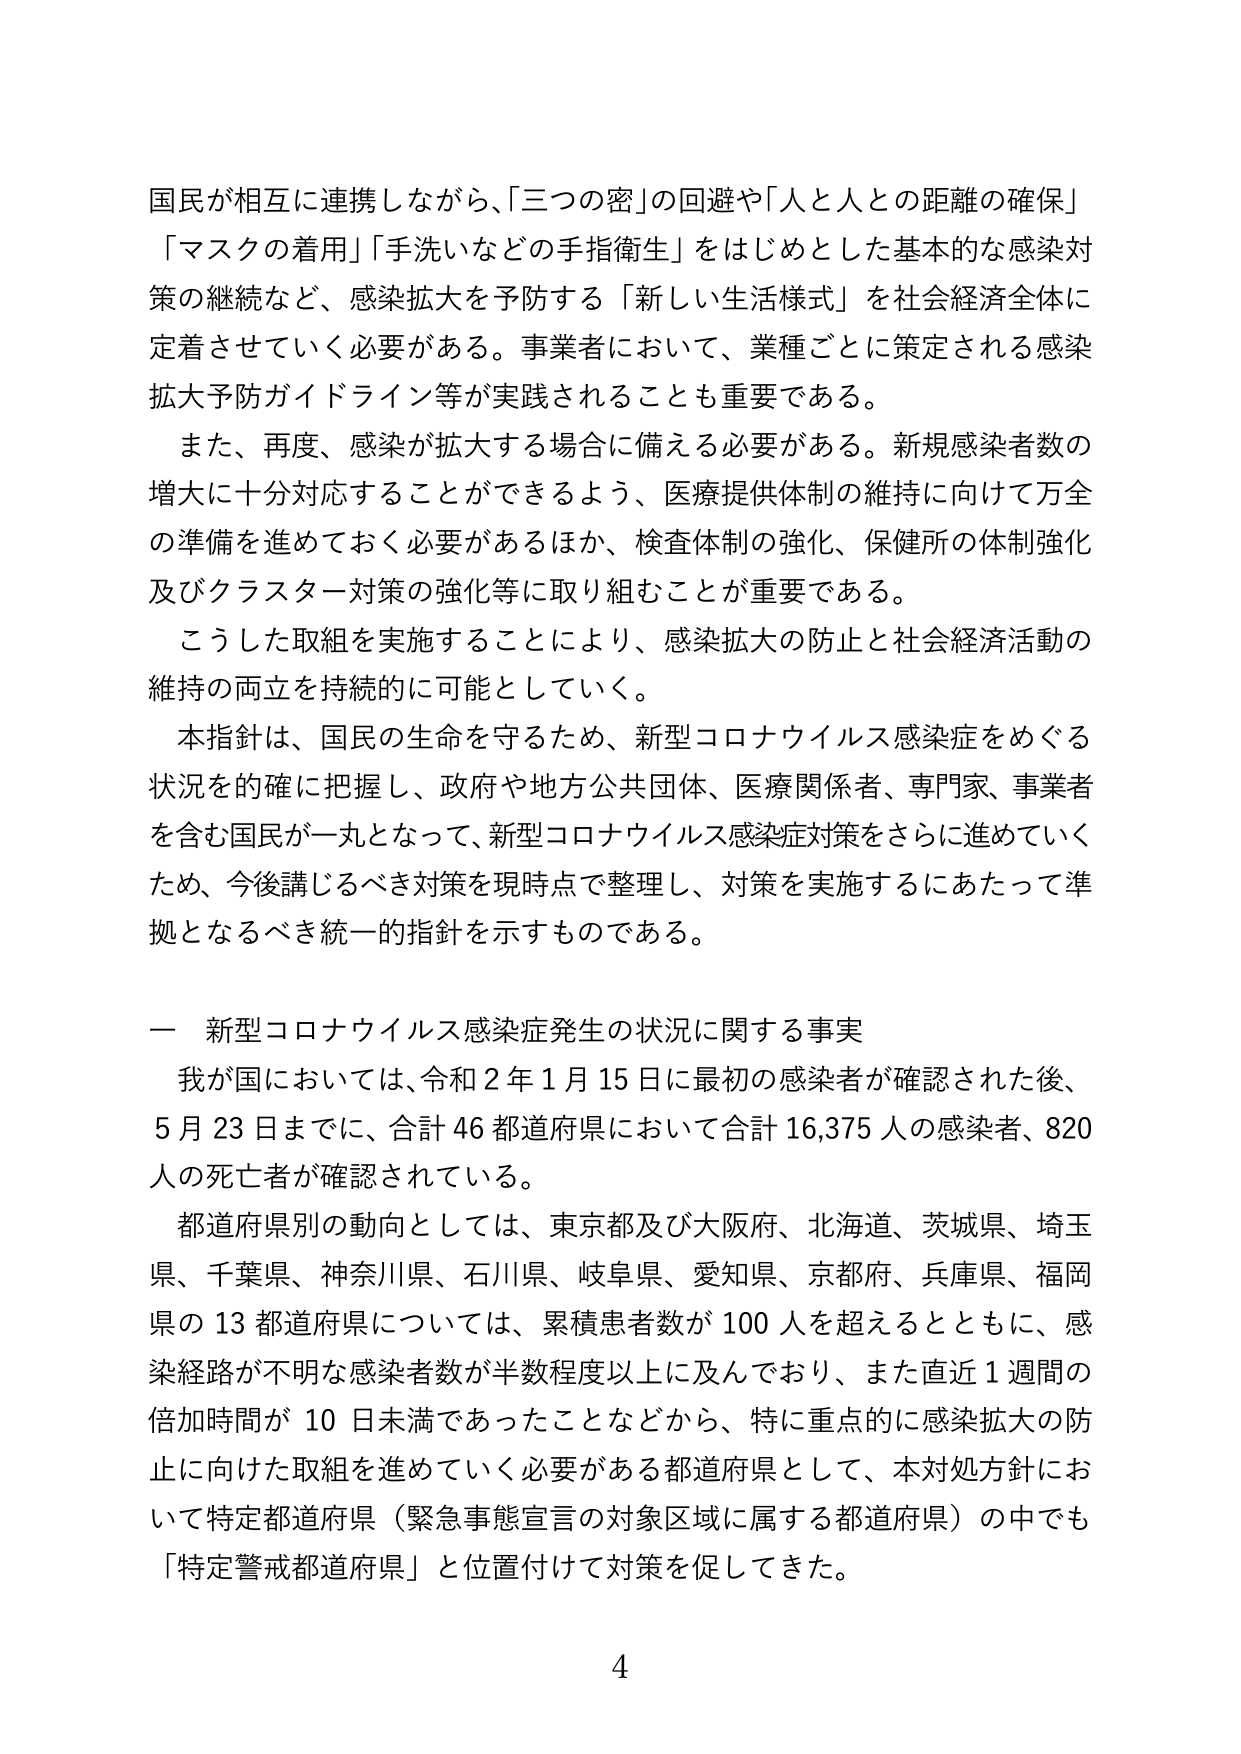
国民が相互に連携しながら、「三つの密」の回避や「人と人との距離の確保」
「マスクの着用」「手洗いなどの手指衛生」をはじめとした基本的な感染対
策の継続など、感染拡大を予防する「新しい生活様式」を社会経済全体に
定着させていく必要がある。事業者において、業種ごとに策定される感染
拡大予防ガイドライン等が実践されることも重要である。
　また、再度、感染が拡大する場合に備える必要がある。新規感染者数の
増大に十分対応することができるよう、医療提供体制の維持に向けて万全
の準備を進めておく必要があるほか、検査体制の強化、保健所の体制強化
及びクラスター対策の強化等に取り組むことが重要である。
　こうした取組を実施することにより、感染拡大の防止と社会経済活動の
維持の両立を持続的に可能としていく。
　本指針は、国民の生命を守るため、新型コロナウイルス感染症をめぐる
状況を的確に把握し、政府や地方公共団体、医療関係者、専門家、事業者
を含む国民が一丸となって、新型コロナウイルス感染症対策をさらに進めていく
ため、今後講じるべき対策を現時点で整理し、対策を実施するにあたって準
拠となるべき統一的指針を示すものである。

一　新型コロナウイルス感染症発生の状況に関する事実
　我が国においては、令和２年１月15日に最初の感染者が確認された後、
５月23日までに、合計46都道府県において合計16,375人の感染者、820
人の死亡者が確認されている。
　都道府県別の動向としては、東京都及び大阪府、北海道、茨城県、埼玉
県、千葉県、神奈川県、石川県、岐阜県、愛知県、京都府、兵庫県、福岡
県の13都道府県については、累積患者数が100人を超えるとともに、感
染経路が不明な感染者数が半数程度以上に及んでおり、また直近1週間の
倍加時間が10日未満であったことなどから、特に重点的に感染拡大の防
止に向けた取組を進めていく必要がある都道府県として、本対処方針にお
いて特定都道府県（緊急事態宣言の対象区域に属する都道府県）の中でも
「特定警戒都道府県」と位置付けて対策を促してきた。

4